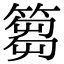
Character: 篘